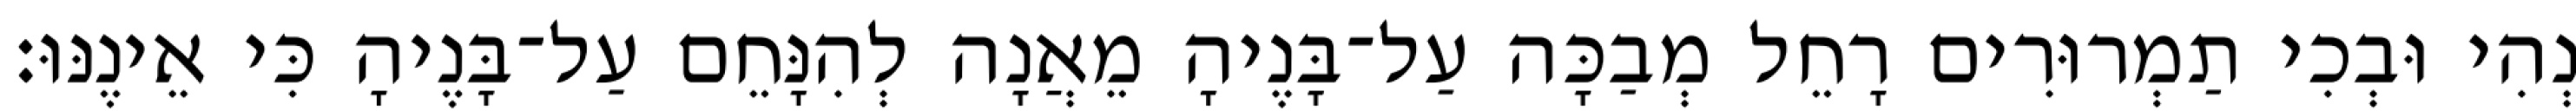
נְהִי וּבְכִי תַמְרוּרִים רָחֵל מְבַכָּה עַל־בָּנֶיהָ מֵאֲנָה לְהִנָּחֵם עַל־בָּנֶיהָ כִּי אֵינֶנּוּ׃